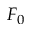
F _ { 0 }